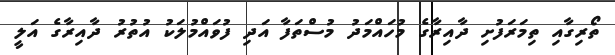
ތޯރިގާއި ތިމަރަފުށި ދާއިރާގެ މުހައްމަދު މުސްތަފާ އަދި ފުވައްމުލަކު އުތުރު ދާއިރާގެ އަލީ